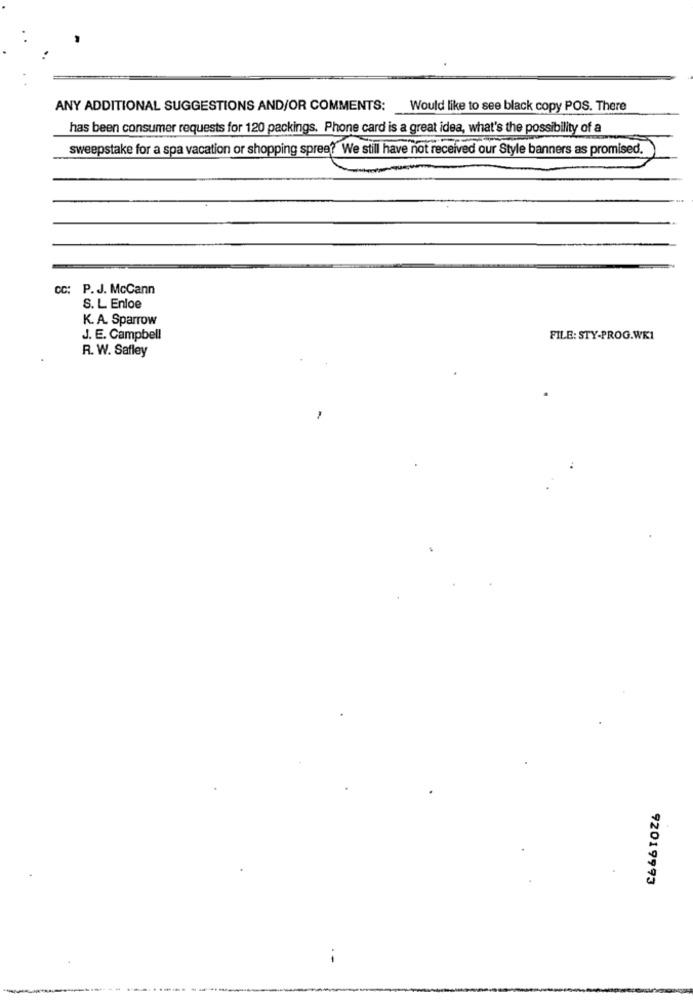
ANY ADDITIONAL SUGGESTIONS AND/OR COMMENTS:
Would like to see black copy POS. There
has been consumer requests for 120 packings. Phone card is a great idea, what's the possibility of a
sweepstake for a spa vacation or shopping spree? We still have not received our Style banners as promised,
cc: P.J. McCann
S. L Enloe
K. A. Sparrow
J. E. Campbell
FILE: STY-PROG.WK1
R. W. Safley
92019993